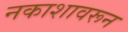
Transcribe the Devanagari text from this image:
नकाशावरून